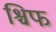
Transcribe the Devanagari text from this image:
श्चिफ